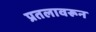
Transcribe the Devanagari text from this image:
प्रतलावरून